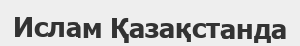
Ислам Қазақстанда